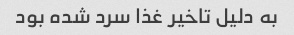
به دلیل تاخیر غذا سرد شده بود